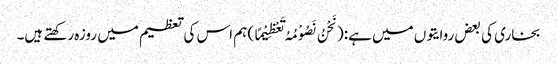
بخاری کی بعض روایتوں میں ہے:(نَحْنُ نَصُوْمُہُ تَعْظِیْمًا) ہم اس کی تعظیم میں روزہ رکھتے ہیں۔